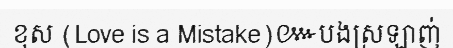
ខុស (Love is a Mistake)៚បងស្រឡាញ់